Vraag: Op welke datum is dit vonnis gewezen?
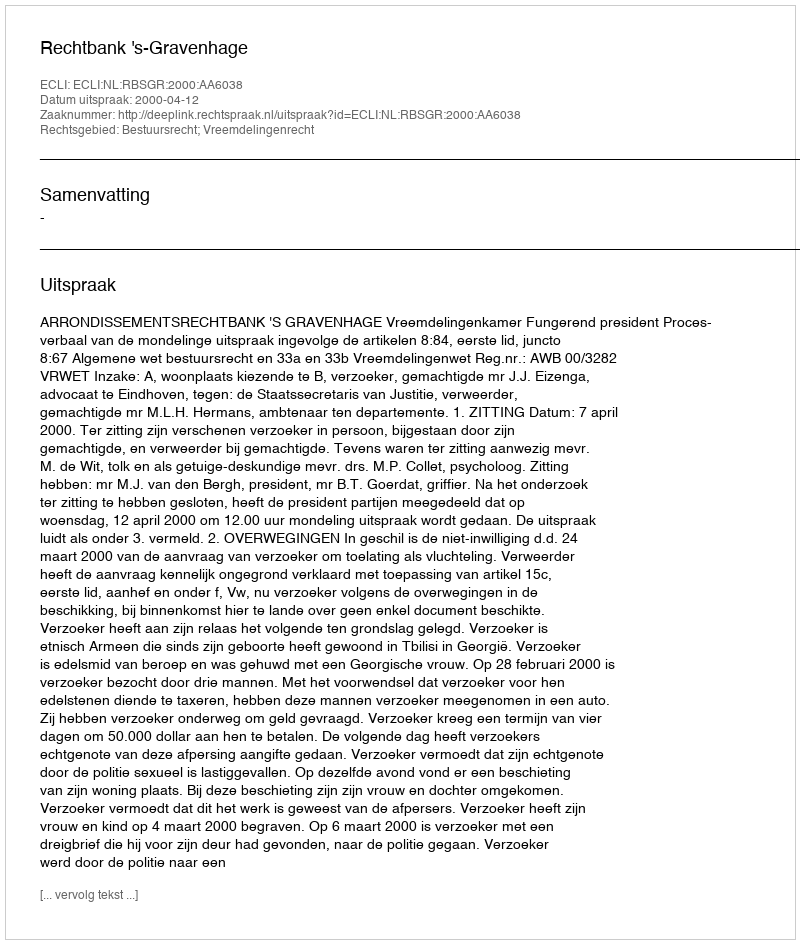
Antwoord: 2000-04-12